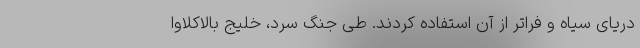
دریای سیاه و فراتر از آن استفاده کردند. طی جنگ سرد، خلیج بالاکلاوا